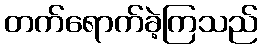
တက်ရောက်ခဲ့ကြသည်